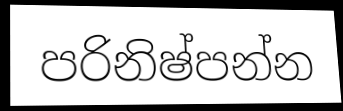
පරිනිෂ්පන්න